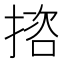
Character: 𢱆